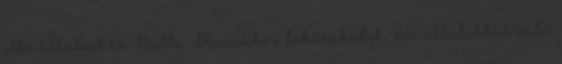
ellő állatért is Babba Máriához fohászkodik. Az állatokkal való